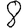
Digit: 8